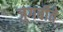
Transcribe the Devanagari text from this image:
जुगबीते